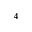
^ 4